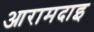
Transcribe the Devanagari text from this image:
आरामदाइ